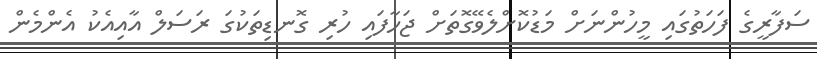
ސަފާރީގެ ފަހަތުގައި މީހުންނަށް މަޑުކޮށްލެވޭގޮތަށް ޖަހާފައި ހުރި ގޮނޑިތަކުގަ ރަސަލް އާއިއެކު އެންމެން